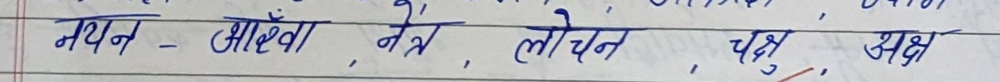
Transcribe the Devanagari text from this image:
नयन - आँख, नेत्र, लोचन, चक्षु, अक्ष